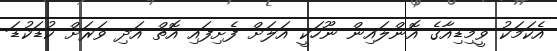
އެކަމަކު ވީމިޑިއާގެ އޮންލައިން ނޫހަކީ އަލަށް ފެށިފައި އޮތް އަދި ވަރަށް ކުޑަކުޑަ